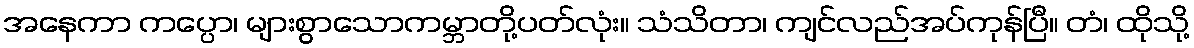
အနေကာ ကပ္ပော၊ များစွာသောကမ္ဘာတို့ပတ်လုံး။ သံသိတာ၊ ကျင်လည်အပ်ကုန်ပြီ။ တံ၊ ထိုသို့